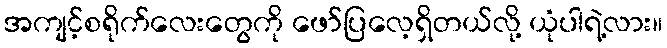
အကျင့်စရိုက်လေးတွေကို ဖော်ပြလေ့ရှိတယ်လို့ ယုံပါရဲ့လား။